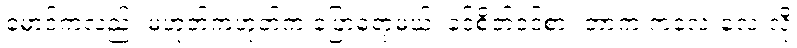
မောင်ကလည်း မဟုတ်ကဟုတ်က ပြောရော့မယ်၊ ခင်စိတ်ဝင်စား တာက ကလေးလေးလို